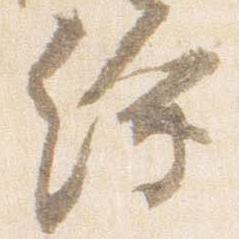
繪